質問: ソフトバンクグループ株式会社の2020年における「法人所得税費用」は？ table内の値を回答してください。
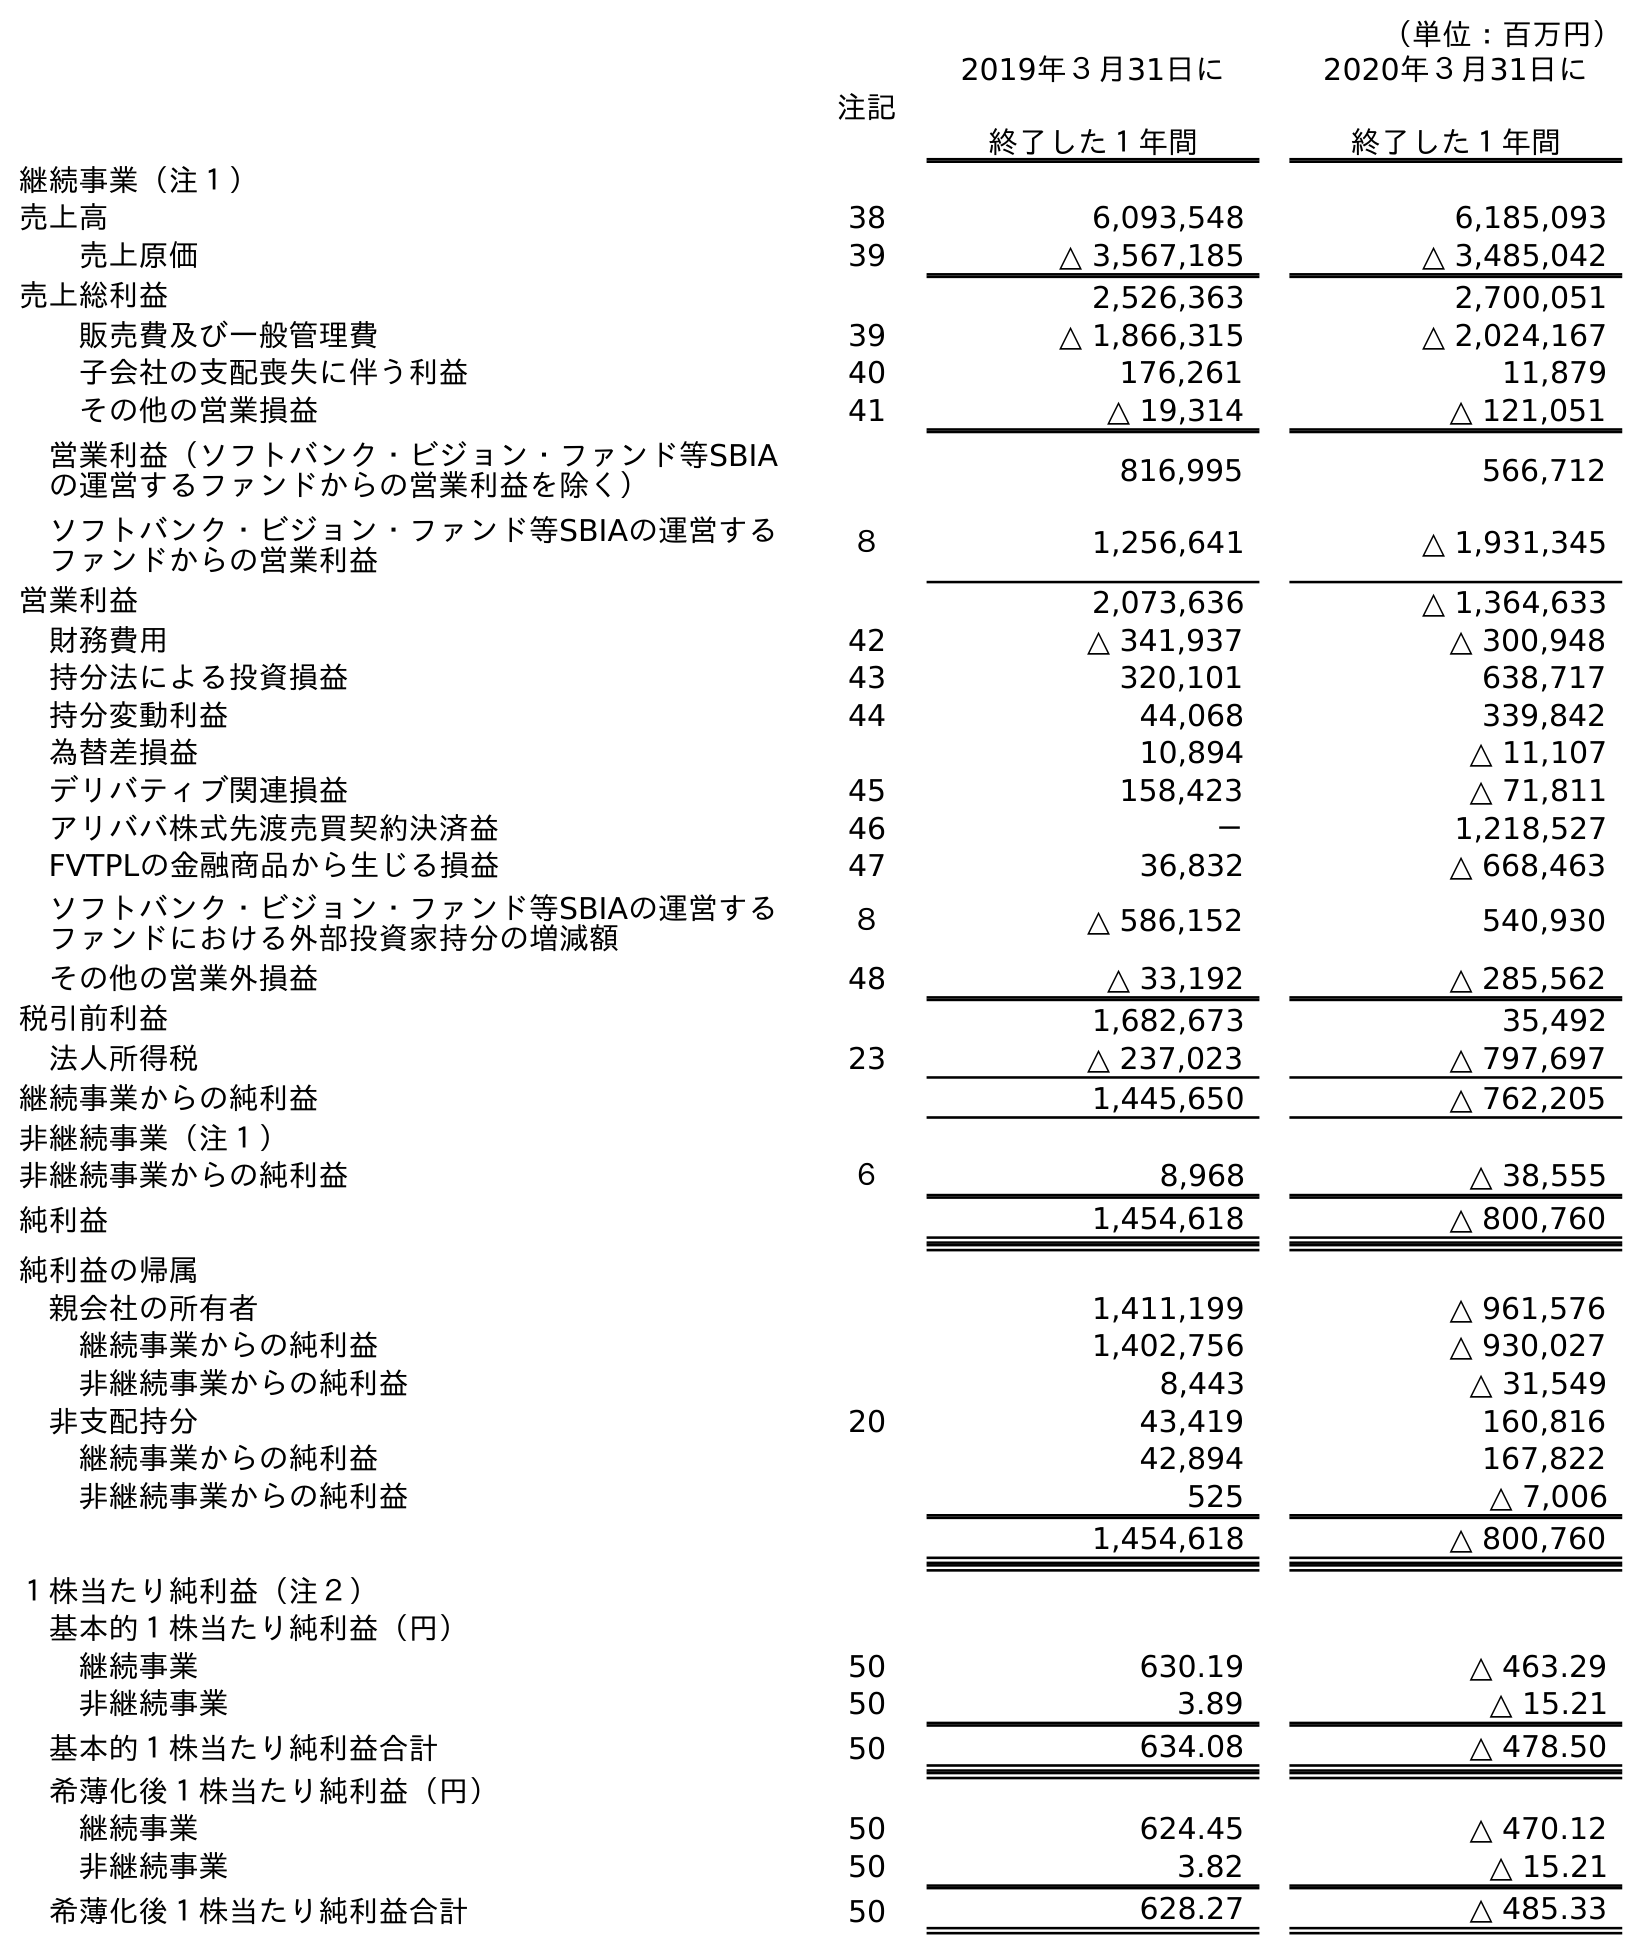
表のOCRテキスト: （単位：百万円） 注記 2019年３月31日に 終了した１年間 2020年３月31日に 終了した１年間 継続事業（注１） 売上高 38 6,093,548 6,185,093 売上原価 39 △ 3,567,185 △ 3,485,042 売上総利益 2,526,363 2,700,051 販売費及び一般管理費 39 △ 1,866,315 △ 2,024,167 子会社の支配喪失に伴う利益 40 176,261 11,879 その他の営業損益 41 △ 19,314 △ 121,051 営業利益（ソフトバンク・ビジョン・ファンド等SBIA の運営するファンドからの営業利益を除く） 816,995 566,712 ソフトバンク・ビジョン・ファンド等SBIAの運営する ファンドからの営業利益 ８ 1,256,641 △ 1,931,345 営業利益 2,073,636 △ 1,364,633 財務費用 42 △ 341,937 △ 300,948 持分法による投資損益 43 320,101 638,717 持分変動利益 44 44,068 339,842 為替差損益 10,894 △ 11,107 デリバティブ関連損益 45 158,423 △ 71,811 アリババ株式先渡売買契約決済益 46 － 1,218,527 FVTPLの金融商品から生じる損益 47 36,832 △ 668,463 ソフトバンク・ビジョン・ファンド等SBIAの運営する ファンドにおける外部投資家持分の増減額 ８ △ 586,152 540,930 その他の営業外損益 48 △ 33,192 △ 285,562 税引前利益 1,682,673 35,492 法人所得税 23 △ 237,023 △ 797,697 継続事業からの純利益 1,445,650 △ 762,205 非継続事業（注１） 非継続事業からの純利益 ６ 8,968 △ 38,555 純利益 1,454,618 △ 800,760 純利益の帰属 親会社の所有者 1,411,199 △ 961,576 継続事業からの純利益 1,402,756 △ 930,027 非継続事業からの純利益 8,443 △ 31,549 非支配持分 20 43,419 160,816 継続事業からの純利益 42,894 167,822 非継続事業からの純利益 525 △ 7,006 1,454,618 △ 800,760 １株当たり純利益（注２） 基本的１株当たり純利益（円） 継続事業 50 630.19 △ 463.29 非継続事業 50 3.89 △ 15.21 基本的１株当たり純利益合計 50 634.08 △ 478.50 希薄化後１株当たり純利益（円） 継続事業 50 624.45 △ 470.12 非継続事業 50 3.82 △ 15.21 希薄化後１株当たり純利益合計 50 628.27 △ 485.33
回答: △797,697